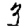
Digit: 3